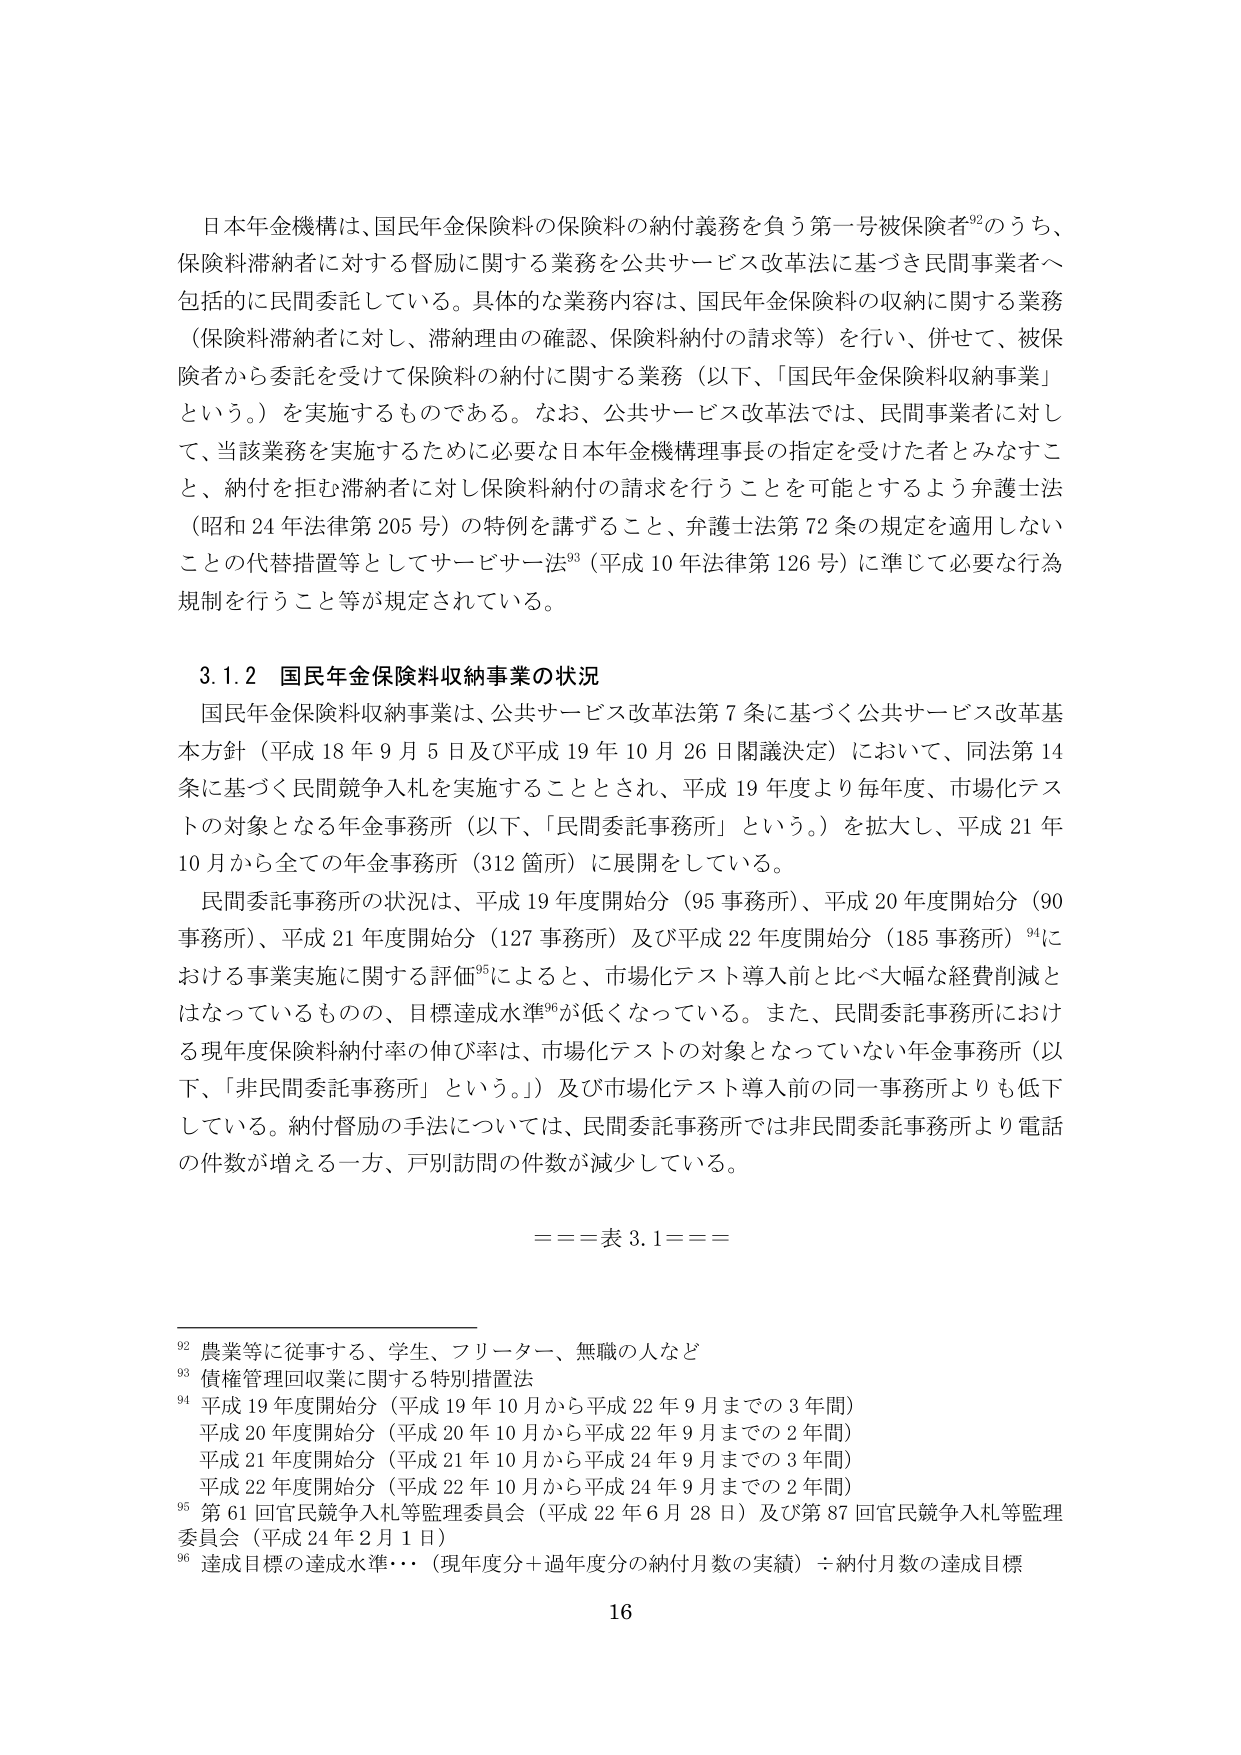
日本年金機構は、国民年金保険料の保険料の納付義務を負う第一号被保険者⁹²のうち、保険料滞納者に対する督励に関する業務を公共サービス改革法に基づき民間事業者へ包括的に民間委託している。具体的な業務内容は、国民年金保険料の収納に関する業務（保険料滞納者に対し、滞納理由の確認、保険料納付の請求等）を行い、併せて、被保険者から委託を受けて保険料の納付に関する業務（以下、「国民年金保険料収納事業」という。）を実施するものである。なお、公共サービス改革法では、民間事業者に対して、当該業務を実施するために必要な日本年金機構理事長の指定を受けた者とみなすこと、納付を拒む滞納者に対し保険料納付の請求を行うことを可能とするよう弁護士法（昭和24年法律第205号）の特例を講ずること、弁護士法第72条の規定を適用しないことの代替措置等としてサービスー法⁹³（平成10年法律第126号）に準じて必要な行為規制を行うこと等が規定されている。

3.1.2 国民年金保険料収納事業の状況
国民年金保険料収納事業は、公共サービス改革法第7条に基づく公共サービス改革基本方針（平成18年9月5日及び平成19年10月26日閣議決定）において、同法第14条に基づく民間競争入札を実施することとされ、平成19年度より毎年度、市場化テストの対象となる年金事務所（以下、「民間委託事務所」という。）を拡大し、平成21年10月から全ての年金事務所（312箇所）に展開している。
民間委託事務所の状況は、平成19年度開始分（95事務所）、平成20年度開始分（90事務所）、平成21年度開始分（127事務所）及び平成22年度開始分（185事務所）⁹⁴における事業実施に関する評価⁹⁵によると、市場化テスト導入前と比べ大幅な経費削減となっているものの、目標達成水準⁹⁶が低くなっている。また、民間委託事務所における現年度保険料納付率の伸び率は、市場化テストの対象となっていない年金事務所（以下、「非民間委託事務所」という。）及び市場化テスト導入前の同一事務所よりも低下している。納付督励の手法については、民間委託事務所では非民間委託事務所より電話の件数が増える一方、戸別訪問の件数が減少している。

===表3.1===

⁹² 農業等に従事する、学生、フリーター、無職の人など
⁹³ 債権管理回収業に関する特別措置法
⁹⁴ 平成19年度開始分（平成19年10月から平成22年9月までの3年間）
　　平成20年度開始分（平成20年10月から平成22年9月までの2年間）
　　平成21年度開始分（平成21年10月から平成24年9月までの3年間）
　　平成22年度開始分（平成22年10月から平成24年9月までの2年間）
⁹⁵ 第61回官民競争入札等監理委員会（平成22年6月28日）及び第87回官民競争入札等監理委員会（平成24年2月1日）
⁹⁶ 達成目標の達成水準…（現年度分＋過年度分の納付月数の実績）÷納付月数の達成目標

16